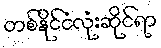
တစ်နိုင်ငံလုံးဆိုင်ရာ